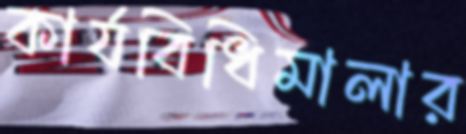
কার্যবিধিমালার